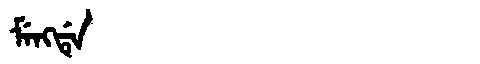
Manchu: ᠮᡝᠩᡩᡝ
Romanization: MENGDE